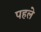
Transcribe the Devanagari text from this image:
पहले